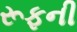
રૂફની